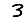
Digit: 3